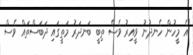
"އެ މީހުން ހެނދުނު ވީއިރު ވެސް ތިބީ ބަނދަރު މަތީގައި ދަބަސްތައް ވެސް